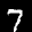
Label: 7